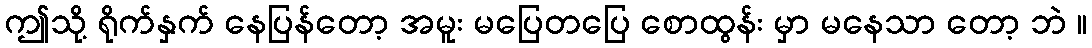
ဤသို့ ရိုက်နှက် နေပြန်တော့ အမူး မပြေတပြေ စောထွန်း မှာ မနေသာ တော့ ဘဲ ။